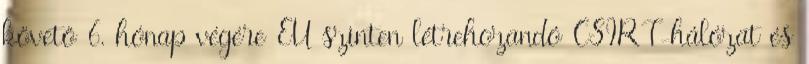
követő 6. hónap végére EU szinten létrehozandó CSIRT-hálózat és